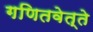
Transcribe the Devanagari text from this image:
गणितवेत्ते